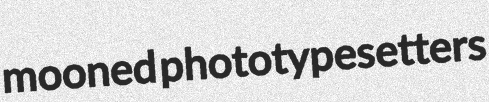
mooned phototypesetters